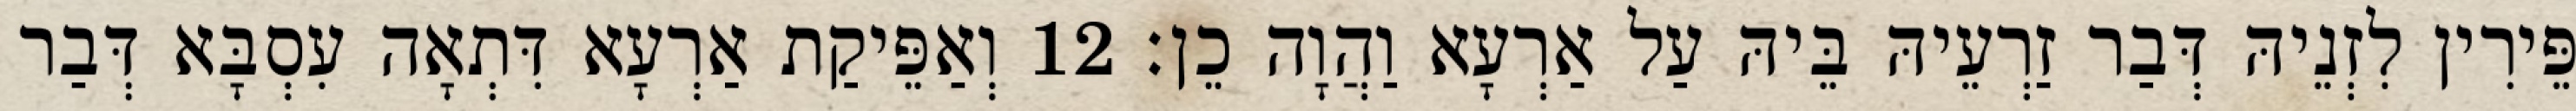
פֵּירִין לִזְנֵיהּ דְּבַר זַרְעֵיהּ בֵּיהּ עַל אַרְעָא וַהֲוָה כֵן׃ 12 וְאַפֵּיקַת אַרְעָא דִּתְאָה עִסְבָּא דְּבַר